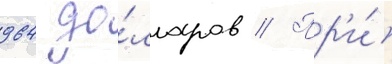
964 до́лларов // Пр'и́